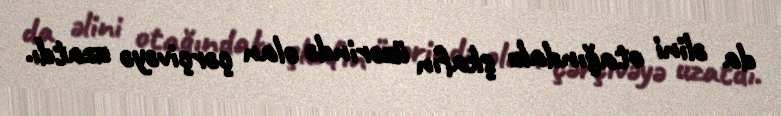
da əlini otağındakı şkafın üzərində olan çərçivəyə uzatdı.